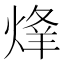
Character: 𱫦